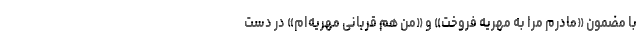
با مضمون «مادرم مرا به مهریه فروخت» و «من هم قربانی مهریه‌ام» در دست